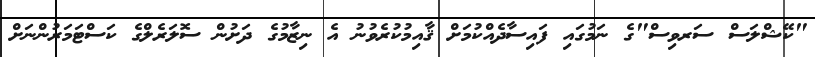
"ކޭޝްލަސް ސަރވިސް"ގެ ނަމުގައި ފައިސާދެއްކުމަށް ޤާއިމުކުރެވުނު އެ ނިޒާމުގެ ދަށުން ސޮލަރެލްގެ ކަސްޓަމަރުންނަށް